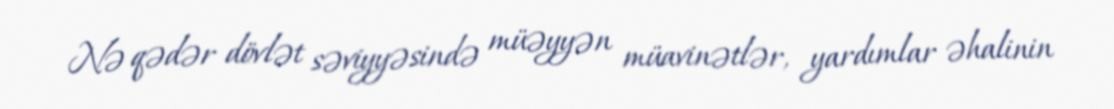
Nə qədər dövlət səviyyəsində müəyyən müavinətlər, yardımlar əhalinin